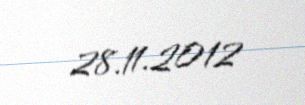
28.11.2012